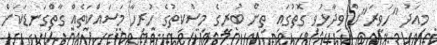
މިއަދު "ހަވީރަ"ށް ވިދާޅުވި ގޮތުގައި ތިން ބުރީގެ މިސްކިތުގެ ހުރިހާ މަސައްކަތެއް ގާތްގަނޑަކަށް